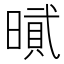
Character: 𰖡